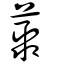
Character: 藂